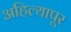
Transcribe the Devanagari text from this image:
अहिल्यापूर